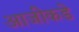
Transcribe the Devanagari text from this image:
आजीकडे